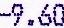
-9.60